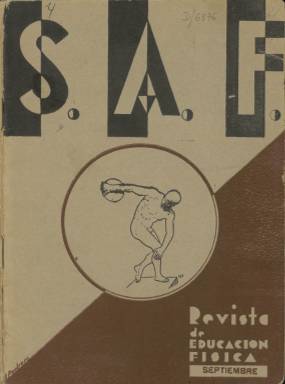
Título: S.A.F. (Burgos)
Otros títulos: Salud, agilidad, fuerza || SAF
Colección: Educación || Deportes
Ámbito geográfico: Burgos
Lugar de publicación: Burgos
Fechas: 01/09/1934-29/02/1936

El título de esta revista de periodicidad mensual responde a las iniciales de las palabras Salud, Agilidad y Fuerza. Estaba editada en Burgos y su subtítulo era el de Revista de Educación Física. Sus promotores, militares de carrera, son los autores de la mayoría de los artículos, aunque la publicación admitía colaboraciones exteriores. Fue declarada de utilidad para el Ejército.

  En una nota que solía insertar en cada número, los promotores de la publicación explicitaban el propósito de la misma: ‘Es una Revista que tiene por finalidad propagar ideas provechosas sobre educación física, para orientar y enlazar a todos los verdaderos aficionados a ella. Su publicación normal será mensual; sus ingresos, importe de suscripciones y anuncios, se aplicarán exclusivamente a su mejoramiento’.

   La Biblioteca Nacional de España no tiene la colección completa. Carece de los tres primeros números de 1934 y el último número que posee es el de febrero de 1936. Se editaron algunos más, hasta junio con seguridad, pero probablemente dejó de publicarse en julio con el estallido de la Guerra Civil.

  La paginación era variable, pudiendo haber una diferencia de hasta 20 páginas entre un número y otro. El de mayor número de páginas fue el de octubre de 1934, con 58. Las cubiertas de la revista incluían un dibujo con alguna prueba atlética, y en páginas interiores pueden encontrarse fotografías o dibujos de deportistas o pruebas deportivas que dan amenidad a la publicación. También son frecuentes las caricaturas de los profesores de Educación Física.

  En las portadas de cada número puede leerse un sumario con el contenido del mismo. Siguiendo estos sumarios puede comprobarse cómo la mayoría de los articulistas son militares y una buena parte de las colaboraciones tienen relación con el Ejército.

De hecho, aunque estaba editada en Burgos, la revista estaba promovida por la Escuela Central de Gimnasia de Toledo y figuraban como articulistas militares profesores de esta Escuela como Ricardo Villalba, Joaquín Agulla y F. J. Fernández Trapiella. Los directores de la publicación eran los profesores de Educación Física J. Agut y Miguel Escario. Estos datos figuran en la investigación titulada ‘Las primeras revistas profesionales y científicas de la educación física española (1882-1936)’, obra de Xavier Torrebadella i Flix publicada en la revista Apunts del Institut Nacional d’Educació Física de Catalunya.

  En el número de diciembre de 1934 de S.A.F. puede leerse un artículo sobre atletismo traducido de una revista alemana por el coronel Moscardó, director de la Escuela Central de Gimnasia y luego célebre como defensor del Alcázar de Toledo, quien ya como general al término de la guerra será quien dirija el movimiento deportivo nacional.

[Descripción publicada el 16/8/2022]